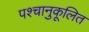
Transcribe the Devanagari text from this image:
पश्चानुकूलित